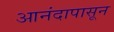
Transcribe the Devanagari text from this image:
आनंदापासून